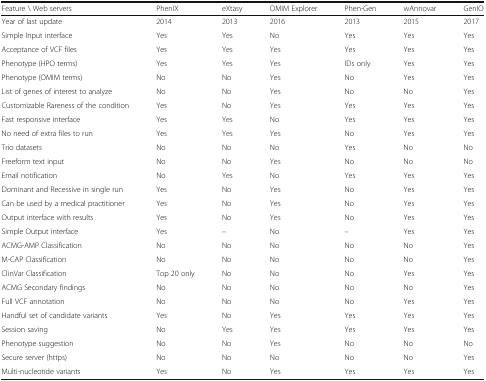
<table><thead><tr><td><b>Feature \ Web servers</b></td><td><b>PhenIX</b></td><td><b>eXtasy</b></td><td><b>OMIM Explorer</b></td><td><b>Phen-Gen</b></td><td><b>wAnnovar</b></td><td><b>GenIO</b></td></tr></thead><tbody><tr><td>Year of last update</td><td>2014</td><td>2013</td><td>2016</td><td>2013</td><td>2015</td><td>2017</td></tr><tr><td>Simple Input interface</td><td>Yes</td><td>Yes</td><td>No</td><td>Yes</td><td>Yes</td><td>Yes</td></tr><tr><td>Acceptance of VCF files</td><td>Yes</td><td>Yes</td><td>Yes</td><td>Yes</td><td>Yes</td><td>Yes</td></tr><tr><td>Phenotype (HPO terms)</td><td>Yes</td><td>Yes</td><td>Yes</td><td>IDs only</td><td>Yes</td><td>Yes</td></tr><tr><td>Phenotype (OMIM terms)</td><td>No</td><td>No</td><td>Yes</td><td>No</td><td>Yes</td><td>Yes</td></tr><tr><td>List of genes of interest to analyze</td><td>No</td><td>No</td><td>Yes</td><td>No</td><td>No</td><td>Yes</td></tr><tr><td>Customizable Rareness of the condition</td><td>Yes</td><td>No</td><td>Yes</td><td>Yes</td><td>Yes</td><td>Yes</td></tr><tr><td>Fast responsive interface</td><td>Yes</td><td>Yes</td><td>No</td><td>Yes</td><td>Yes</td><td>Yes</td></tr><tr><td>No need of extra files to run</td><td>Yes</td><td>Yes</td><td>Yes</td><td>No</td><td>Yes</td><td>Yes</td></tr><tr><td>Trio datasets</td><td>No</td><td>No</td><td>No</td><td>Yes</td><td>No</td><td>No</td></tr><tr><td>Freeform text input</td><td>No</td><td>No</td><td>Yes</td><td>No</td><td>No</td><td>No</td></tr><tr><td>Email notification</td><td>No</td><td>Yes</td><td>No</td><td>Yes</td><td>Yes</td><td>Yes</td></tr><tr><td>Dominant and Recessive in single run</td><td>Yes</td><td>No</td><td>Yes</td><td>No</td><td>Yes</td><td>Yes</td></tr><tr><td>Can be used by a medical practitioner</td><td>Yes</td><td>No</td><td>Yes</td><td>No</td><td>Yes</td><td>Yes</td></tr><tr><td>Output interface with results</td><td>Yes</td><td>No</td><td>Yes</td><td>No</td><td>Yes</td><td>Yes</td></tr><tr><td>Simple Output interface</td><td>Yes</td><td>–</td><td>No</td><td>–</td><td>Yes</td><td>Yes</td></tr><tr><td>ACMG-AMP Classification</td><td>No</td><td>No</td><td>No</td><td>No</td><td>No</td><td>Yes</td></tr><tr><td>M-CAP Classification</td><td>No</td><td>No</td><td>No</td><td>No</td><td>No</td><td>Yes</td></tr><tr><td>ClinVar Classification</td><td>Top 20 only</td><td>No</td><td>No</td><td>No</td><td>Yes</td><td>Yes</td></tr><tr><td>ACMG Secondary findings</td><td>No</td><td>No</td><td>No</td><td>No</td><td>No</td><td>Yes</td></tr><tr><td>Full VCF annotation</td><td>No</td><td>No</td><td>No</td><td>No</td><td>Yes</td><td>Yes</td></tr><tr><td>Handful set of candidate variants</td><td>Yes</td><td>No</td><td>Yes</td><td>Yes</td><td>Yes</td><td>Yes</td></tr><tr><td>Session saving</td><td>No</td><td>Yes</td><td>Yes</td><td>Yes</td><td>Yes</td><td>Yes</td></tr><tr><td>Phenotype suggestion</td><td>No</td><td>No</td><td>Yes</td><td>No</td><td>No</td><td>No</td></tr><tr><td>Secure server (https)</td><td>No</td><td>No</td><td>No</td><td>No</td><td>No</td><td>Yes</td></tr><tr><td>Multi-nucleotide variants</td><td>Yes</td><td>No</td><td>Yes</td><td>Yes</td><td>Yes</td><td>Yes</td></tr></tbody></table>